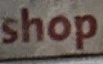
shop